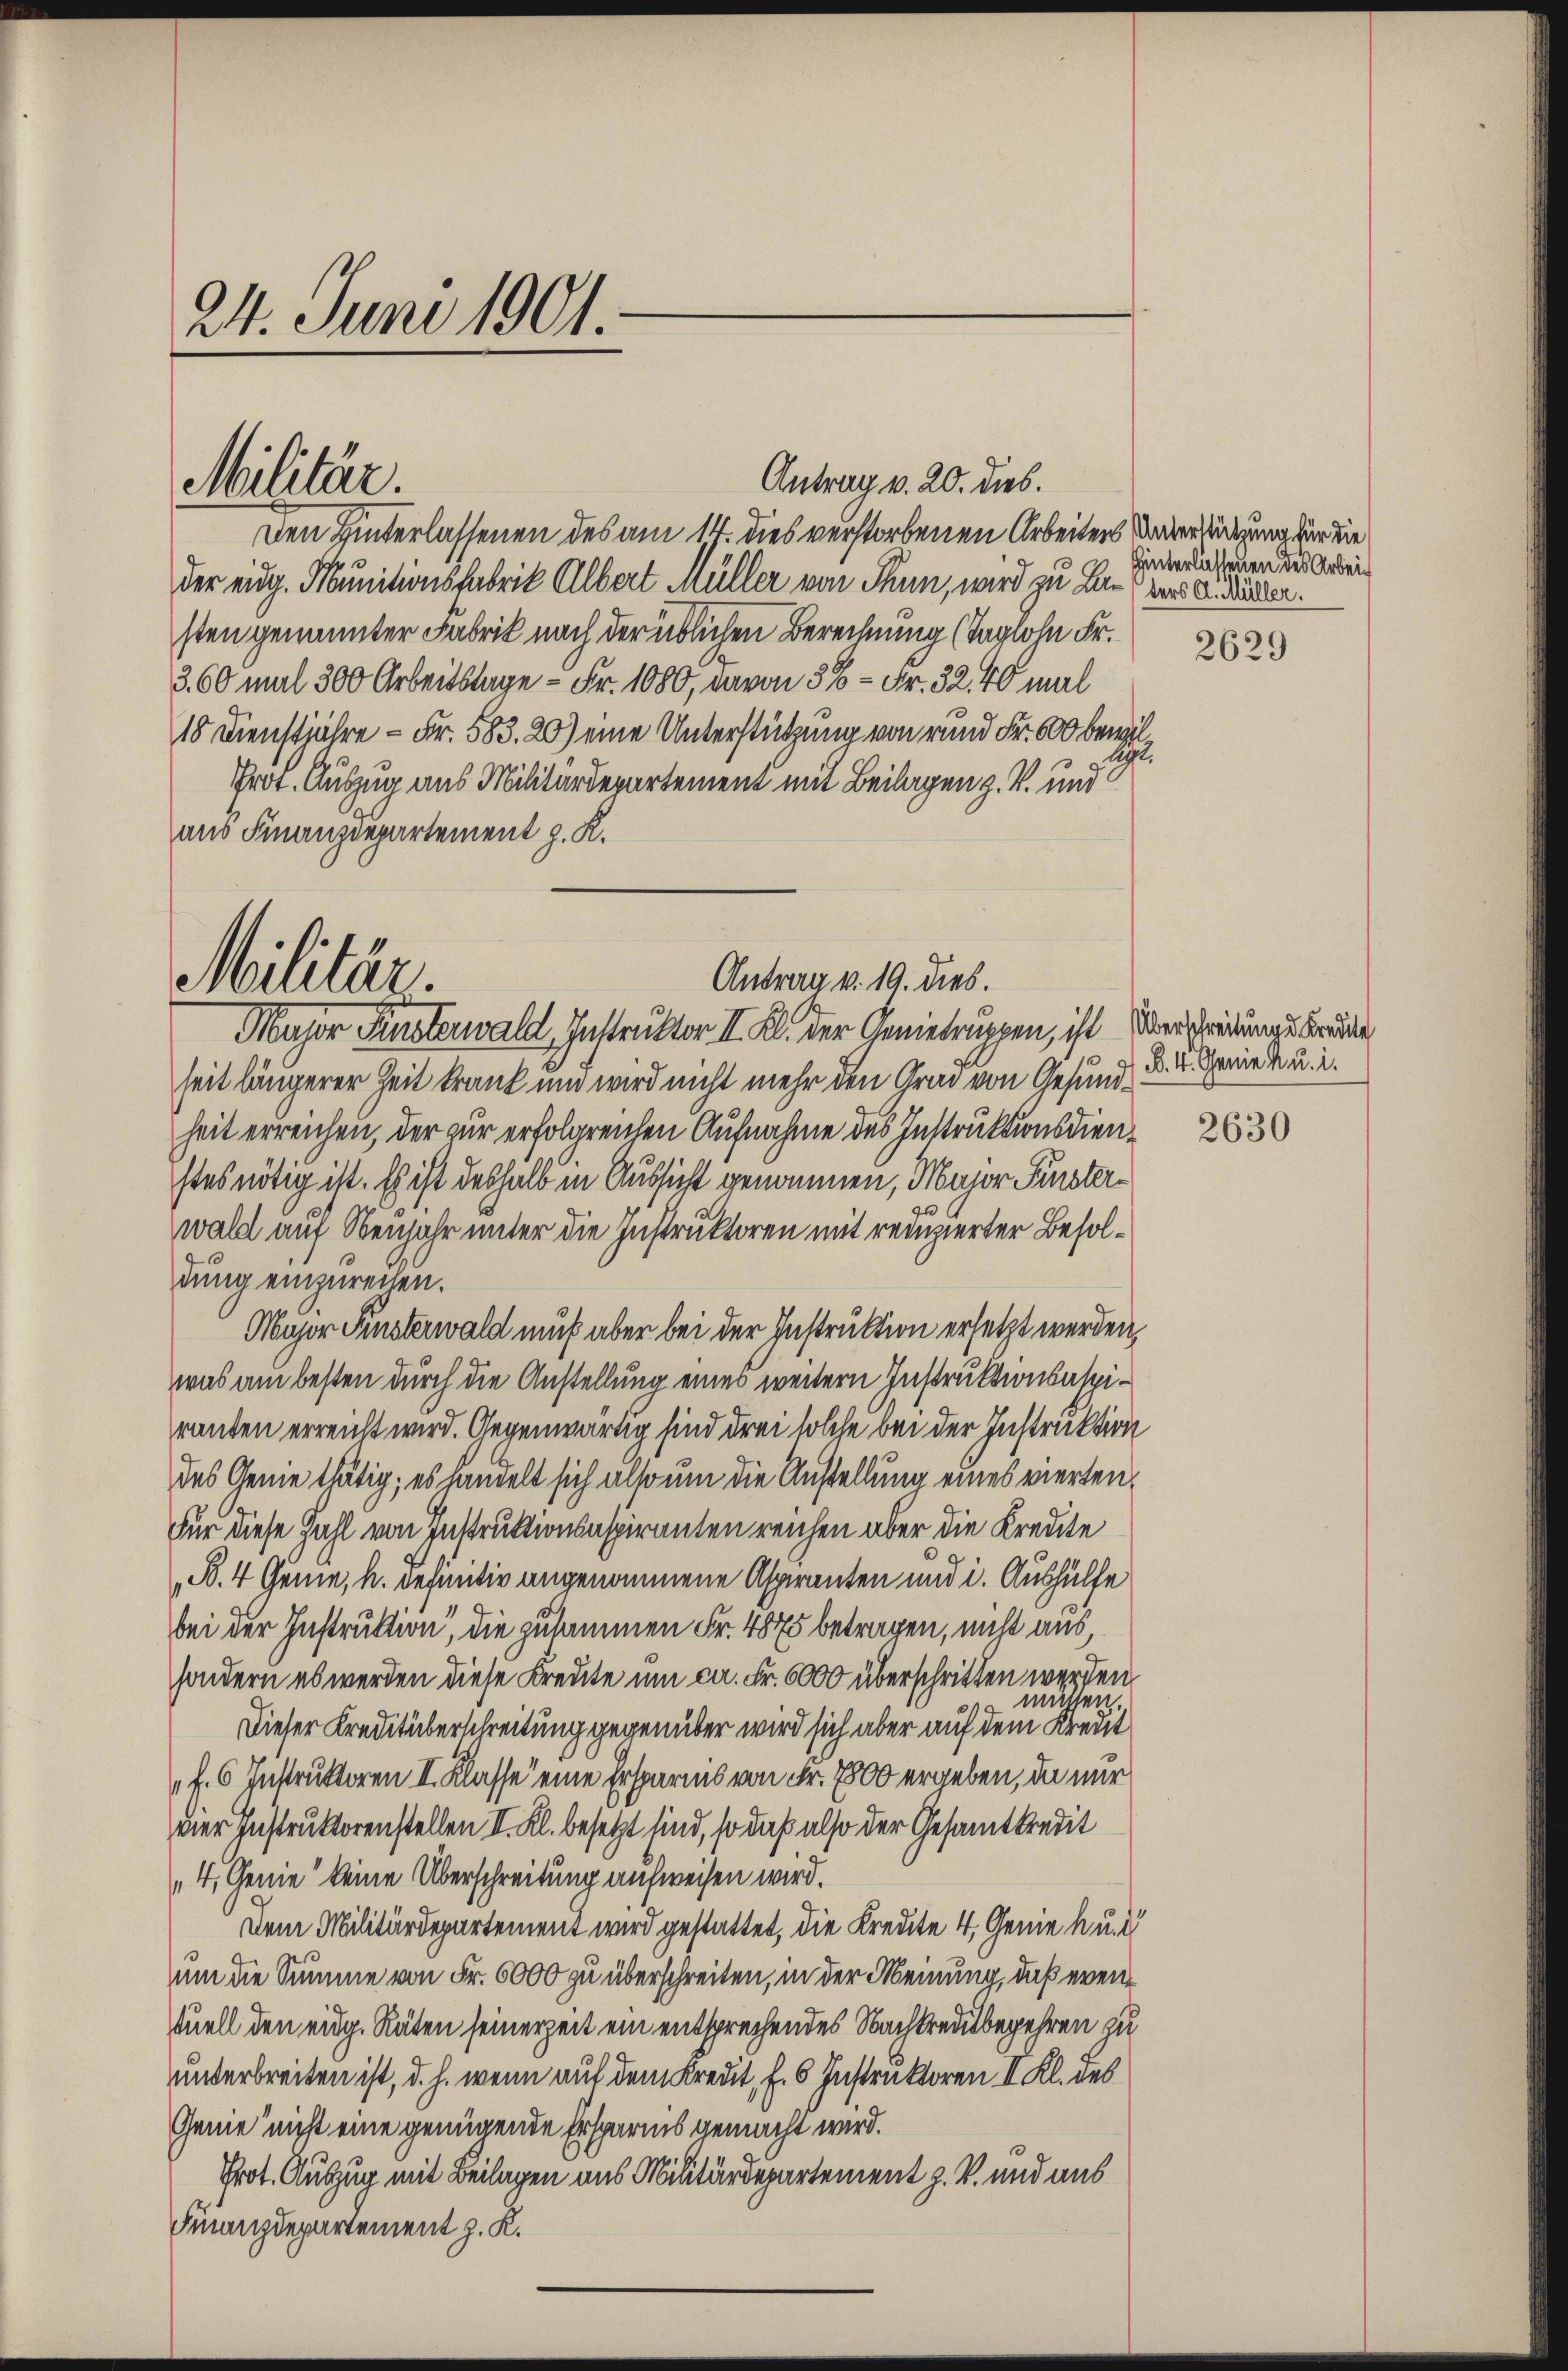
24. Juni 1901.

Den Hinterlassenen des am 14. dies verstorbenen Arbeitens Unverstützung für die
der eidg. Munitionsfabrik Albert Müller von Thun, wird zu Bin ders Ausüber.
sten genannter Fabrik nach der üblichen Berechnung (Taglohn Fr.
3.60 mal 300 Arbeitslage - Fr. 1080, davon 3% = Fr. 32. 40 mal
10 Dienstjahre - Fr. 583. 20) eine Unterstützung von rund Fr. 600 bewil
legt.
Prot. Auszug aus Militärdepartement mit Beilagen z. B. und
aus Finanzdepartement z. K.

Militär.

Antrag v. 20. dies.

Militär.
Antrag v. 19. dies.
Major Finsterwald, Instruktor II. Kl. der Genietruppen, ist Überredungs Bruder

seit längerer Zeit krank und wird nicht mehr den Grad von Gesundheit erreichen, der zur erfolgrenten Aufnahme des Instruktionsdienstes nötig ist. Es ist deshalb in Aussicht genommen, Major Finsterwald auf Neujahr unter die Instruktoren mit reduzierter Besoldung einzurechen.
Major Finsterwald muß aber bei der Instruktion ersetzt werden,
was am besten durch die Anstellung eines weitern Instruktionsaspiranten erreicht wird. Gegenwärtig sind drei solche bei der Instruktion
des Genie thätig; es handelt sich also um die Anstellung eines vierten¬
Für diese Zahl von Instruktionsspiranten reichen aber die Kredite
B. 4 Genie, h. definitiv angenommene Aspiranten und i. Aushülfe
bei der Instruktion, die zusammen Fr. 4875 betragen, nicht aus
sondern es werden diese Kreute um ca. Fr. 6000 überschritten werden
müssen.
Dieser Kreditüberschreitung gegenüber wird sich aber auf dem Kreut
f. 6 Instruktoren II. Klasse eine Ersparis von Fr. 7800 ergeben, da nur
vier Instruktorenstellen II. Kl. besetzt sind, so daß also der Gesamtkredit
4, Genie keine Überschreitung aufweisen wird.
Dem Militärdepartement wird gestattet, die Kredite 4, Genieh u. d
um die Summe von Fr. 6000 zu überschreiten, in der Meinung, daß eventuell den eidg. Räten seinerzeit ein entsprechendes Nachkreditbegehren zu
unterbreiten ist, d. h. wenn auf dem Kredit, f. 6 Instruktoren II. Kl. des
Genie nicht eine genügende Ersparnis gemacht wird.
Prot. Auszug mit Beilagen aus Militärdepartement z. V. und aus
Finanzdepartement z. K.

Hinterlassenen des Arbei¬

2629

B. 4. Genie k. u. i.

2630